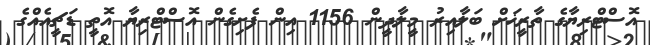
އޮސްޓްރިޔާގެ ތާރީޚަށް ބަލާއިރު މީލާދީން 1156 އިން ފެށިގެން އޮސްޓްރިޔާ އޮތީ ޑަޗީއެއްގެ